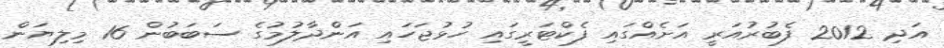
އަދި 2012 ފެބުރުއަރީ އަށެއްގައި ފެކްޓަރީގައި ހުޅުޖަހައި އަންދާލުމުގެ ސަބަބުން 16 މިލިޔަން